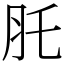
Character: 𦘴